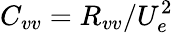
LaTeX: C_{vv}=R_{vv}/U_{e}^{2}